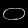
Digit: ၀